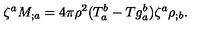
\zeta ^ { a } M _ { ; a } = 4 \pi \rho ^ { 2 } ( T _ { a } ^ { b } - T g _ { a } ^ { b } ) \zeta ^ { a } \rho _ { ; b } .